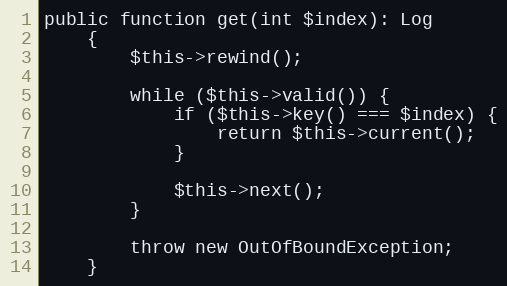
Language: PHP
public function get(int $index): Log
    {
        $this->rewind();

        while ($this->valid()) {
            if ($this->key() === $index) {
                return $this->current();
            }

            $this->next();
        }

        throw new OutOfBoundException;
    }